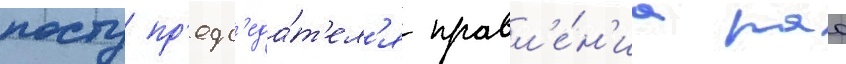
посту пр'едс'еда́т'ел'я правл'е́н'иа рао